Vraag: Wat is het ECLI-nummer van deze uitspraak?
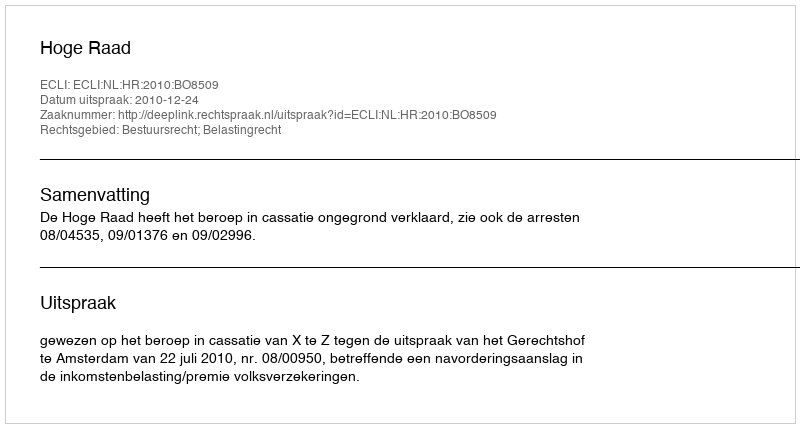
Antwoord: ECLI:NL:HR:2010:BO8509